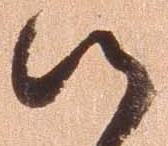
候